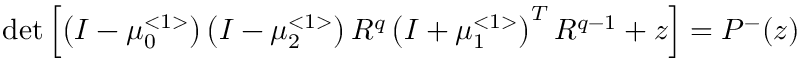
\operatorname * { d e t } \left[ \left( I - \mu _ { 0 } ^ { < 1 > } \right) \left( I - \mu _ { 2 } ^ { < 1 > } \right) R ^ { q } \left( I + \mu _ { 1 } ^ { < 1 > } \right) ^ { T } R ^ { q - 1 } + z \right] = P ^ { - } ( z )